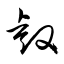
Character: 睿